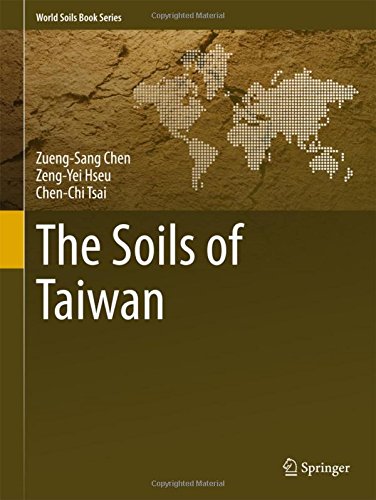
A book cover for The Soils of Taiwan (World Soils Book Series); Zueng-Sang Chen; Science & Math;